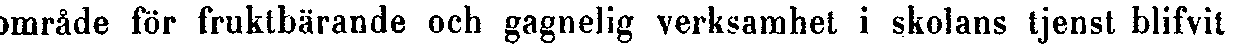
område för fruktbärande och gagnelig verksamhet i skolans tjenst blifvit